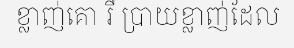
ខ្លាញ់គោ រឺ ប្រាយខ្លាញ់ដែល